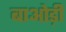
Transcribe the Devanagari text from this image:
बाओड़ी